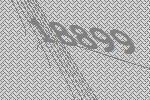
18899